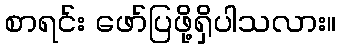
စာရင်း ဖော်ပြဖို့ရှိပါသလား။